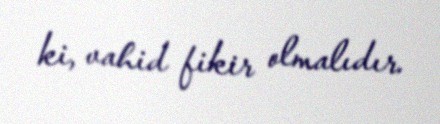
ki, vahid fikir olmalıdır.